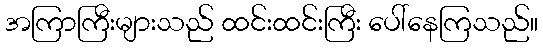
အကြာကြီးများသည် ထင်းထင်းကြီး ပေါ်နေကြသည်။